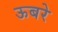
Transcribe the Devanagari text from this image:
ऊबरे